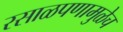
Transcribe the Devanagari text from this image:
रसाळपणामुळेच